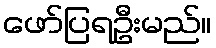
ဖော်ပြရဦးမည်။